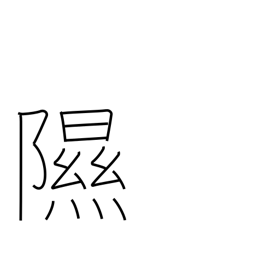
Meaning: be moist